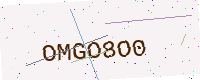
Text: OMGO8O0